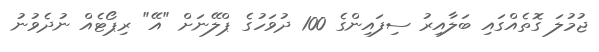
ޖުމުލަ ގޮތެއްގައި ބަލާއިރު ސިފައިންގެ 100 ދުވަހުގެ ޕްލޭނަށް "އޭ" ރިޕޯޓެއް ނުދެވުނު